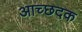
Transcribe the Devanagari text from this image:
आच्छदक